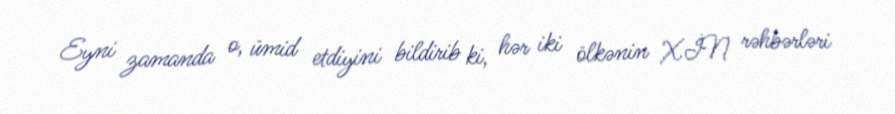
Eyni zamanda o, ümid etdiyini bildirib ki, hər iki ölkənin XİN rəhbərləri